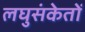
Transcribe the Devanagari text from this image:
लघुसंकेतों